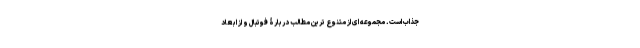
جذاب است. مجموعه ای از متنوع ترین مطالب دربارۀ فوتبال و از ابعاد